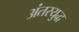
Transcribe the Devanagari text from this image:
अंतरयुद्ध